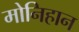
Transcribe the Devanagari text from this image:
मोनिहान